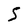
Character: 5